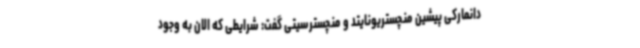
دانمارکی پیشین منچستریونایتد و منچسترسیتی گفت: شرایطی که الان به وجود